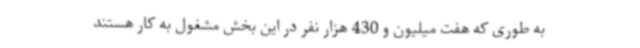
به طوری که هفت میلیون و 430 هزار نفر در این بخش مشغول به کار هستند